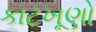
કાટખૂણો